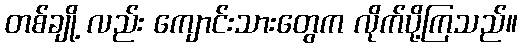
တစ်ချို့ လည်း ကျောင်းသားတွေက လိုက်ပို့ကြသည်။